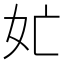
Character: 𭑬